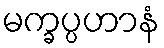
မက္ခပ္ပဟာနံ